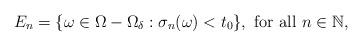
LaTeX: \begin{align*}E_n= \{\omega\in \Omega-\Omega_{\delta} : \sigma_n(\omega)<t_0\},\mbox{ for all } n\in \mathbb{N},\end{align*}